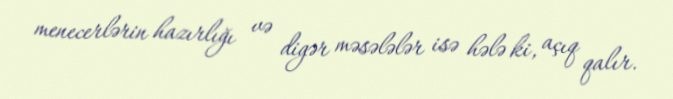
menecerlərin hazırlığı və digər məsələlər isə hələ ki, açıq qalır.